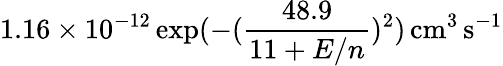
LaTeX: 1.16\times 10^{-12}\exp(-(\frac{48.9}{11+E/n})^{2})\, \mathrm{cm^{3}\, s^{-1}}